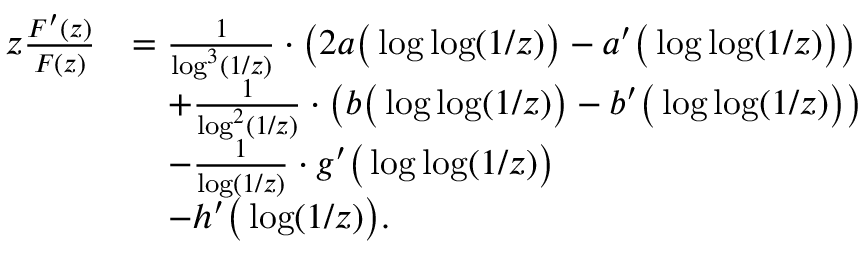
\begin{array} { r l } { z \frac { F ^ { \prime } ( z ) } { F ( z ) } } & { = \frac { 1 } { \log ^ { 3 } ( 1 / z ) } \cdot \left( 2 a \big ( \log \log ( 1 / z ) \big ) - a ^ { \prime } \big ( \log \log ( 1 / z ) \big ) \right) } \\ & { \quad + \frac { 1 } { \log ^ { 2 } ( 1 / z ) } \cdot \left( b \big ( \log \log ( 1 / z ) \big ) - b ^ { \prime } \big ( \log \log ( 1 / z ) \big ) \right) } \\ & { \quad - \frac { 1 } { \log ( 1 / z ) } \cdot g ^ { \prime } \big ( \log \log ( 1 / z ) \big ) } \\ & { \quad - h ^ { \prime } \big ( \log ( 1 / z ) \big ) . } \end{array}